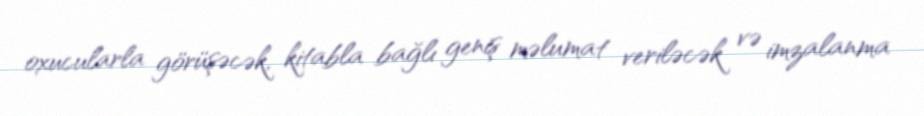
oxucularla görüşəcək, kitabla bağlı geniş məlumat veriləcək və imzalanma